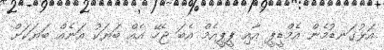
އަޅުގަނޑުމެން އެމްޑީޕީ އާއި ޕީޕީއެމް އެބަ ޖެހޭ އެއް ބަޔަކު އަނެއް ބަޔަކަށް